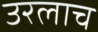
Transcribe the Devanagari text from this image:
उरलाच